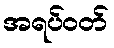
အရပ်ဝတ်